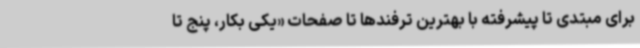
برای مبتدی تا پیشرفته با بهترین ترفندها تا صفحات «یکی بکار، پنج تا